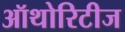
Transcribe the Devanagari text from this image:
ऑथोरिटीज